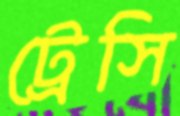
ট্রেসি